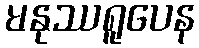
မနုဿရူပေန